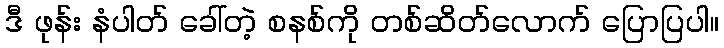
ဒီ ဖုန်း နံပါတ် ခေါ်တဲ့ စနစ်ကို တစ်ဆိတ်လောက် ပြောပြပါ။